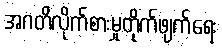
အဂတိလိုက်စားမှုတိုက်ဖျက်ရေး